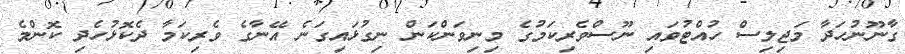
ގާނޫނުހަދާ މަޖިލިސް ހުއްޓުވައި ނޫސްވެރިކަމުގެ މިނިވަންކަން ނިގުޅައިގަނެ އޭނާގެ ވެރިކަމާ ދެކޮޅުހެދި ކޮންމެ